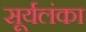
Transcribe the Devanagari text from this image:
सूर्यलंका